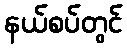
နယ်စပ်တွင်